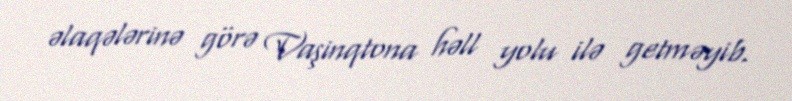
əlaqələrinə görə Vaşinqtona həll yolu ilə getməyib.